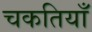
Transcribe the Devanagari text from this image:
चकतियाँ